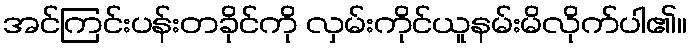
အင်ကြင်းပန်းတခိုင်ကို လှမ်းကိုင်ယူနမ်းမိလိုက်ပါ၏။